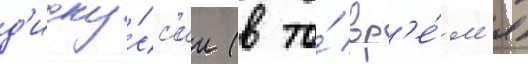
д'иску́сс'ии (в то́ вр'е́м'я